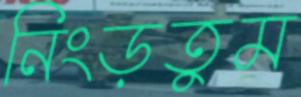
নিংড়তুম